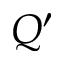
Q ^ { \prime }